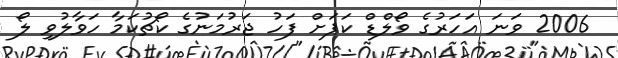
2006 ވަނަ އަހަރުގެ ވޯލްޑް ކަޕަށް ފަހު ޖަރުމަނުގެ ކޯޗުކަމާ ހަވާލުވި ލޯ